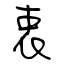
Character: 衷